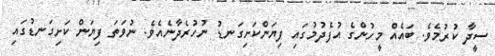
ސީދާ ކުރުމެވެ. ބައެއް މީހުންގެ އުފެދުމުގައި ފިޔަންކަށިގަނޑު ނުހުރެދާނެއެވެ. ނުވަތަ ފިޔަން ކަށިގަނޑުގައި